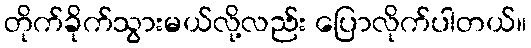
တိုက်ခိုက်သွားမယ်လို့လည်း ပြောလိုက်ပါတယ်။